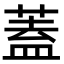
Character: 蓋